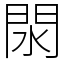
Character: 閖